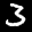
Label: 3